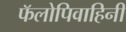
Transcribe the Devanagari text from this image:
फॅलोपिवाहिनी